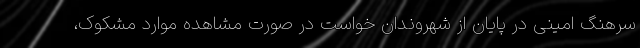
سرهنگ امینی در پایان از شهروندان خواست در صورت مشاهده موارد مشکوک،